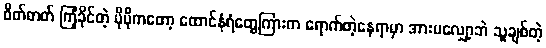
စိတ်ဓာတ် ကြံ့ခိုင်တဲ့ ပိုပိုကတော့ ထောင်နံရံတွေကြားက ရောက်တဲ့နေရာမှာ အားမလျှော့ဘဲ သူချစ်တဲ့